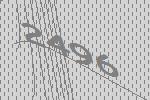
2496